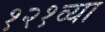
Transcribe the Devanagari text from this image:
१२१व्या